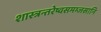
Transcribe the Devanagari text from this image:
शास्त्रन्तरेष्वसमम्जसानि